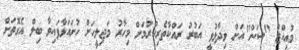
މުއިއްޒު "ސަން"އަށް ވިދާޅުވީ އަބުރު ރައްކާތެރިކުރުމަށް މިހާރު މަޖިލީހަށް ހުށައަޅާފައިވާ ބިލް އެގޮތަށް